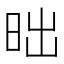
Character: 昢